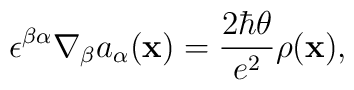
\epsilon^{\beta\alpha}\nabla_\beta a_\alpha({\bf x})={2\hbar\theta\over e^2}\rho({\bf x}),